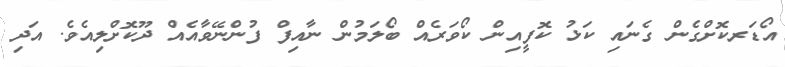
އޯޑަރކޮށްގެން ގެނައި ކަޅު ކޮފީއިން ކޯވަރެއް ބޯލަމުން ނާއިފް ފުންނޭވާއެއް ދޫކޮށްލިއެވެ. އަދި